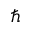
\hbar